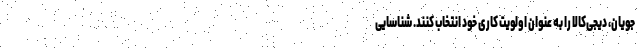
جویان، دیجی‌کالا را به عنوان اولویت کاری خود انتخاب کنند. شناسایی